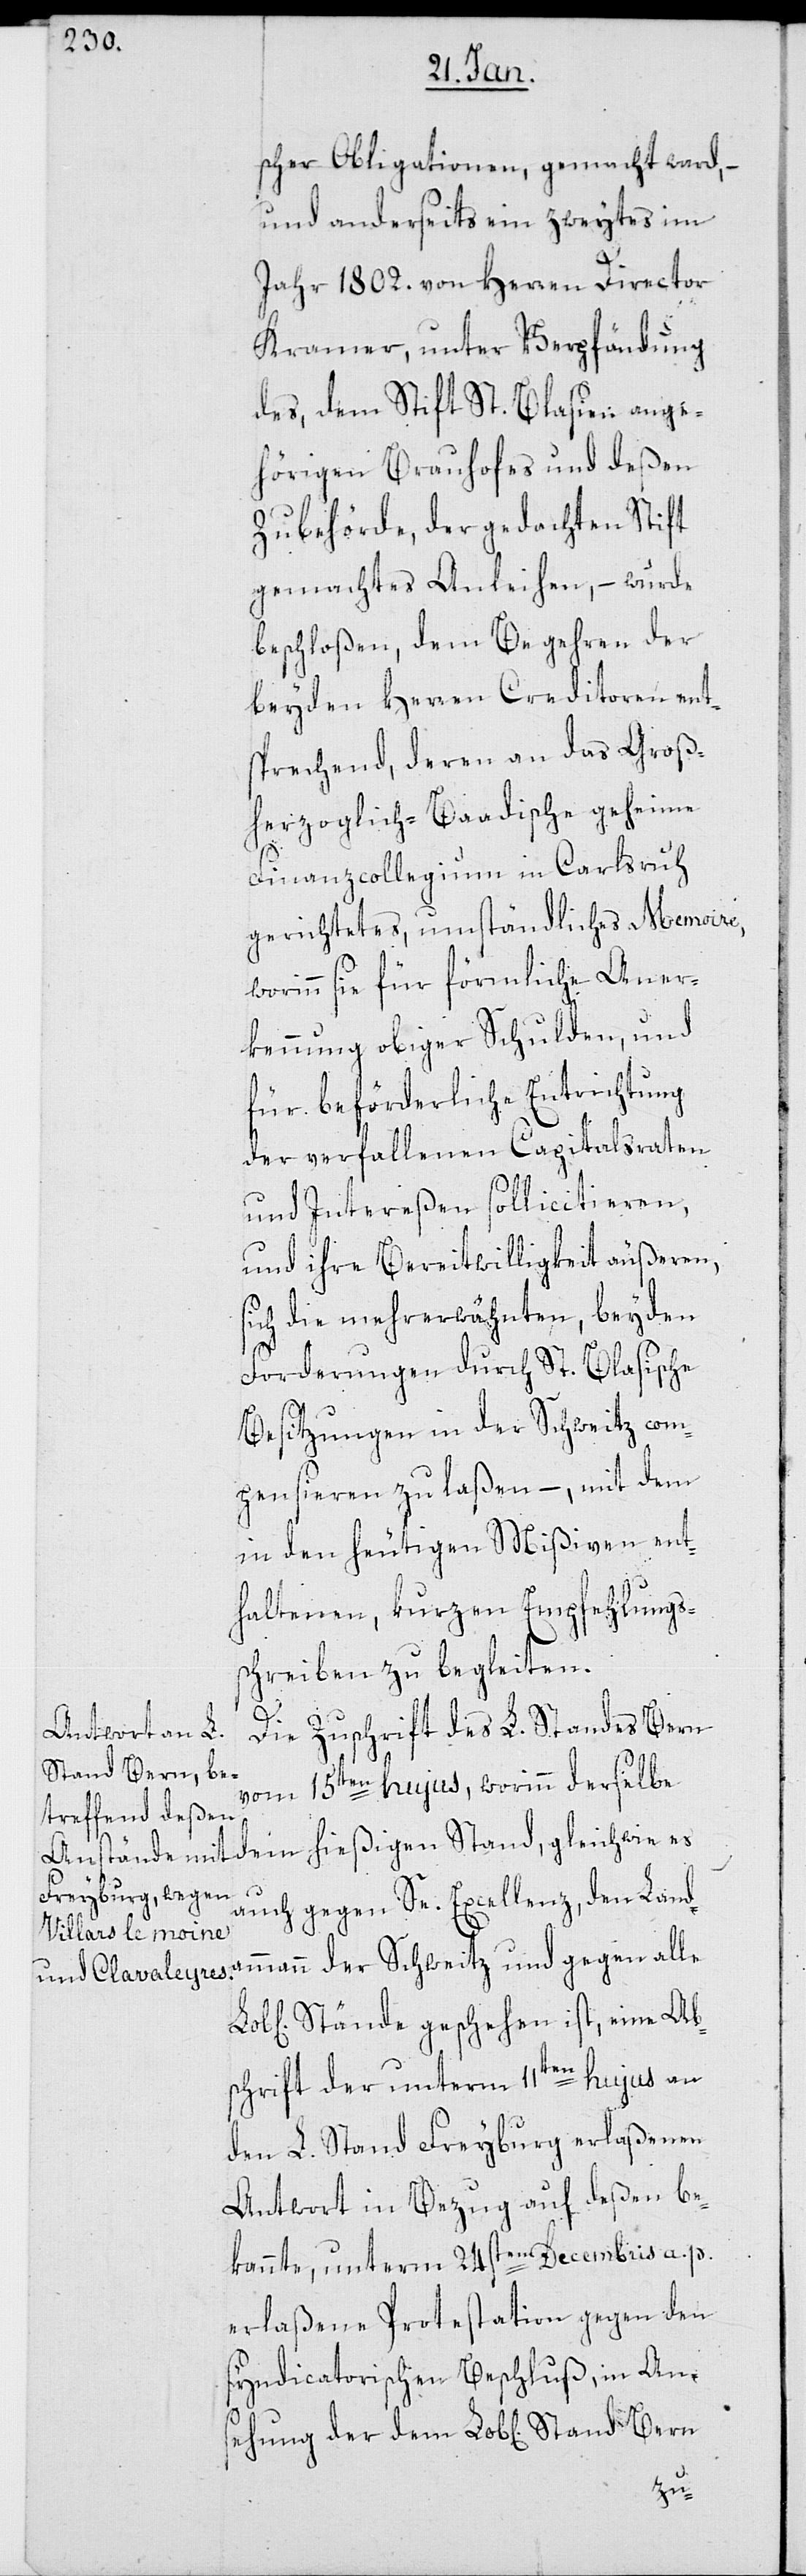
der
Stand Bern

scher Obligationen, gemacht ward,
und anderseits ein zweytes im
Jahr 1802. von Herren Director
Kramer, unter Verpfändung
des dem Stift St. Blasien ange¬
hörigen Brauhofes und deßen
Zubehörde, der gedachten Stift
gemachtes Anleihen, – wurde
beschloßen, dem Begehren der
beyden Herren Creditoren ent¬
sprechend, deren an das Groß¬
herzoglich-Baadische geheime
Finanzcollegium in Carlsruhe
gerichtetes, umständliches Memoire,
worinn sie für förmliche Aner¬
kennung obiger Schulden, und
für beförderliche Entrichtung
der verfallenen Capitalsraten
und Intereßen sollicitieren,
und ihre Bereitwilligkeit äußeren,
sich die mehrerwähnten beyden
Forderungen durch St. Blasische
Besitzungen in der Schweitz com¬
pensieren zu laßen, – mit dem
in den heutigen Mißiven ent¬
haltenen, kurzen Empfehlungs¬
schreiben zu begleiten.
Die Zuschrift des L. Standes Bern
vom 15ten hujus, worinn derselbe
dem hießigen Stand, gleichwie es
auch gegen Se. Excellenz, den Landa¬
mmann der Schweitz und gegen alle
Stände geschehen ist, eine Ab¬
schrift der unterm 11ten hujus an
den L. Stand Freyburg erlaßenen
Antwort in Bezug auf deßen be¬
kannte, unterm 24sten Decembris a. p.
erlaßene Protestation gegen den
syndicatorischen Beschluß, in Ans¬
ehung